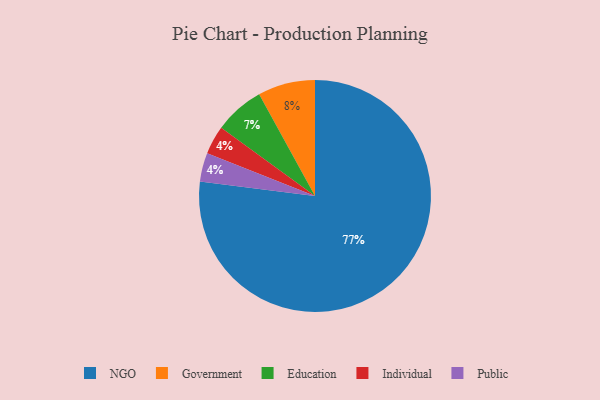
{"axis": {"x": "Category", "y": "Percentage"}, "legend": ["Education", "Government", "Individual", "NGO", "Public"], "data": [{"x": "NGO", "y": 77, "type": "NGO"}, {"x": "Government", "y": 8, "type": "Government"}, {"x": "Individual", "y": 4, "type": "Individual"}, {"x": "Public", "y": 4, "type": "Public"}, {"x": "Education", "y": 7, "type": "Education"}]}